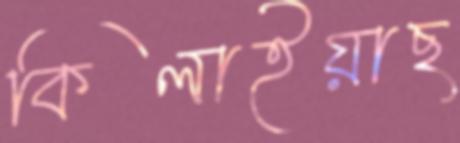
কিলাইয়াছ